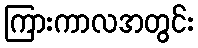
ကြားကာလအတွင်း